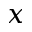
x